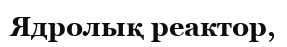
Ядролық реактор,